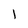
Character: l